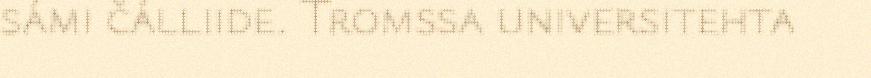
sámi čálliide. Tromssa universitehta